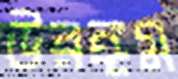
উরঙ্গম